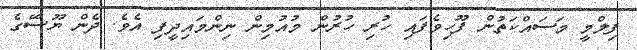
ފިލްމީ މަސައްކަތުން ފޫހިވެފައި ހުރި ހުރުން މުއުމިން ނިންމައިދީފި އެވެ. ދެން ޔޫސޭގެ